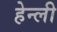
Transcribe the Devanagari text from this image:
हेन्ली